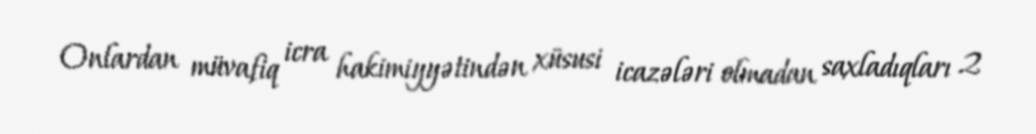
Onlardan müvafiq icra hakimiyyətindən xüsusi icazələri olmadan saxladıqları 2